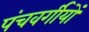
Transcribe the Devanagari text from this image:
पंचवर्गीयों